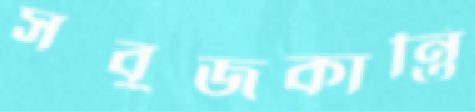
সবুজকান্তি